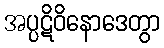
အပ္ပဋိဝိနောဒေတွာ